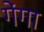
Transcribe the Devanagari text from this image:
गेंगा